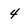
Character: 4